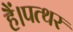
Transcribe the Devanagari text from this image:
हैं।पत्थर